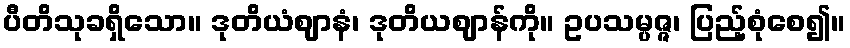
ပီတိသုခရှိသော။ ဒုတိယံဈာနံ၊ ဒုတိယဈာန်ကို။ ဥပသမ္ပဇ္ဇ၊ ပြည့်စုံစေ၍။